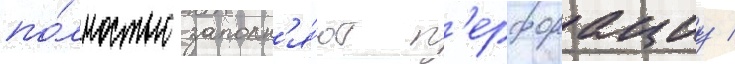
по́лностью заполн'я́ют п'ерфорациу /